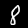
Digit: 8